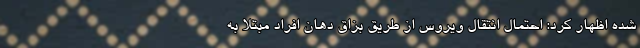
شده اظهار کرد: احتمال انتقال ویروس از طریق بزاق دهان افراد مبتلا به